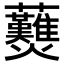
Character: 𧆋